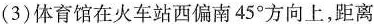
(3)体育馆在火车站西偏南45^{\circ}方向上，距离